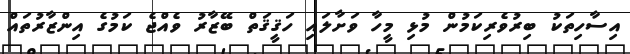
އިސާހިތަކު ބިރުވެރިކަމުން މުޅި މީހާ ވަށާލައި ހަޤީޤަތް ބޭޒާރު ވެއްޖެ ކަމުގެ އިންޒާރުތައް